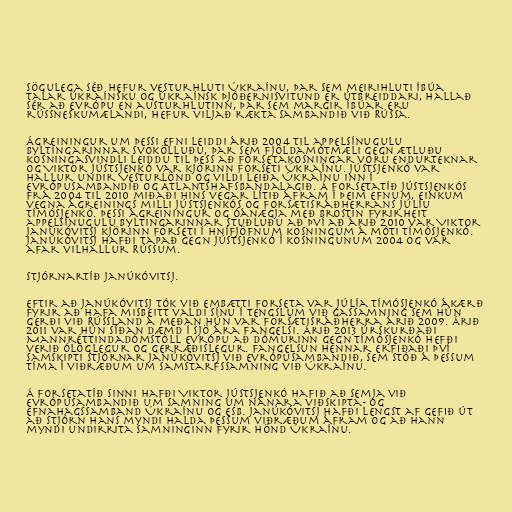
Sögulega séð hefur vesturhluti Úkraínu, þar sem meirihluti íbúa
talar úkraínsku og úkraínsk þjóðernisvitund er útbreiddari, hallað
sér að Evrópu en austurhlutinn, þar sem margir íbúar eru
rússneskumælandi, hefur viljað rækta sambandið við Rússa.

Ágreiningur um þessi efni leiddi árið 2004 til appelsínugulu
byltingarinnar svokölluðu, þar sem fjöldamótmæli gegn ætluðu
kosningasvindli leiddu til þess að forsetakosningar voru endurteknar
og Viktor Jústsjenkó var kjörinn forseti Úkraínu. Jústsjenkó var
hallur undir Vesturlönd og vildi leiða Úkraínu inn í
Evrópusambandið og Atlantshafsbandalagið. Á forsetatíð Jústsjenkós
frá 2004 til 2010 miðaði hins vegar lítið áfram í þeim efnum, einkum
vegna ágreinings milli Jústsjenkós og forsætisráðherrans Júlíu
Tímósjenkó. Þessi ágreiningur og óánægja með brostin fyrirheit
appelsínugulu byltingarinnar stuðluðu að því að árið 2010 var Viktor
Janúkóvitsj kjörinn forseti í hnífjöfnum kosningum á móti Tímósjenkó.
Janúkóvitsj hafði tapað gegn Jústsjenkó í kosningunum 2004 og var
afar vilhallur Rússum.

Stjórnartíð Janúkóvitsj.

Eftir að Janúkóvitsj tók við embætti forseta var Júlía Tímósjenkó ákærð
fyrir að hafa misbeitt valdi sínu í tengslum við gassamning sem hún
gerði við Rússland á meðan hún var forsætisráðherra árið 2009. Árið
2011 var hún síðan dæmd í sjö ára fangelsi. Árið 2013 úrskurðaði
Mannréttindadómstóll Evrópu að dómurinn gegn Tímósjenkó hefði
verið ólöglegur og gerræðislegur. Fangelsun hennar erfiðaði því
samskipti stjórnar Janúkóvitsj við Evrópusambandið, sem stóð á þessum
tíma í viðræðum um samstarfssamning við Úkraínu.

Á forsetatíð sinni hafði Viktor Jústsjenkó hafið að semja við
Evrópusambandið um samning um nánara viðskipta- og
efnahagssamband Úkraínu og ESB. Janúkóvitsj hafði lengst af gefið út
að stjórn hans myndi halda þessum viðræðum áfram og að hann
myndi undirrita samninginn fyrir hönd Úkraínu.